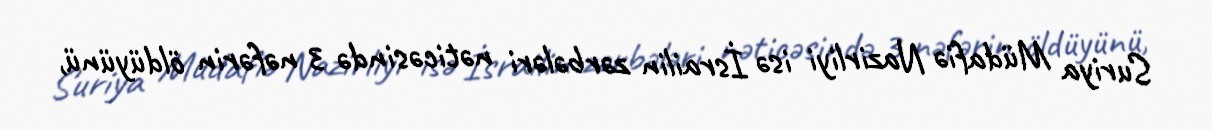
Suriya Müdafiə Nazirliyi isə İsrailin zərbələri nəticəsində 3 nəfərin öldüyünü,